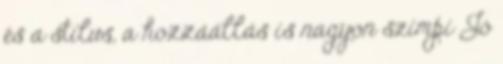
és a stílus, a hozzáállás is nagyon szimpi Jó